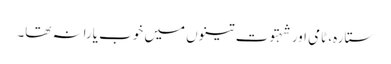
ستارہ، ٹامی اور شہتوت تینوں میں خوب یارانہ تھا۔